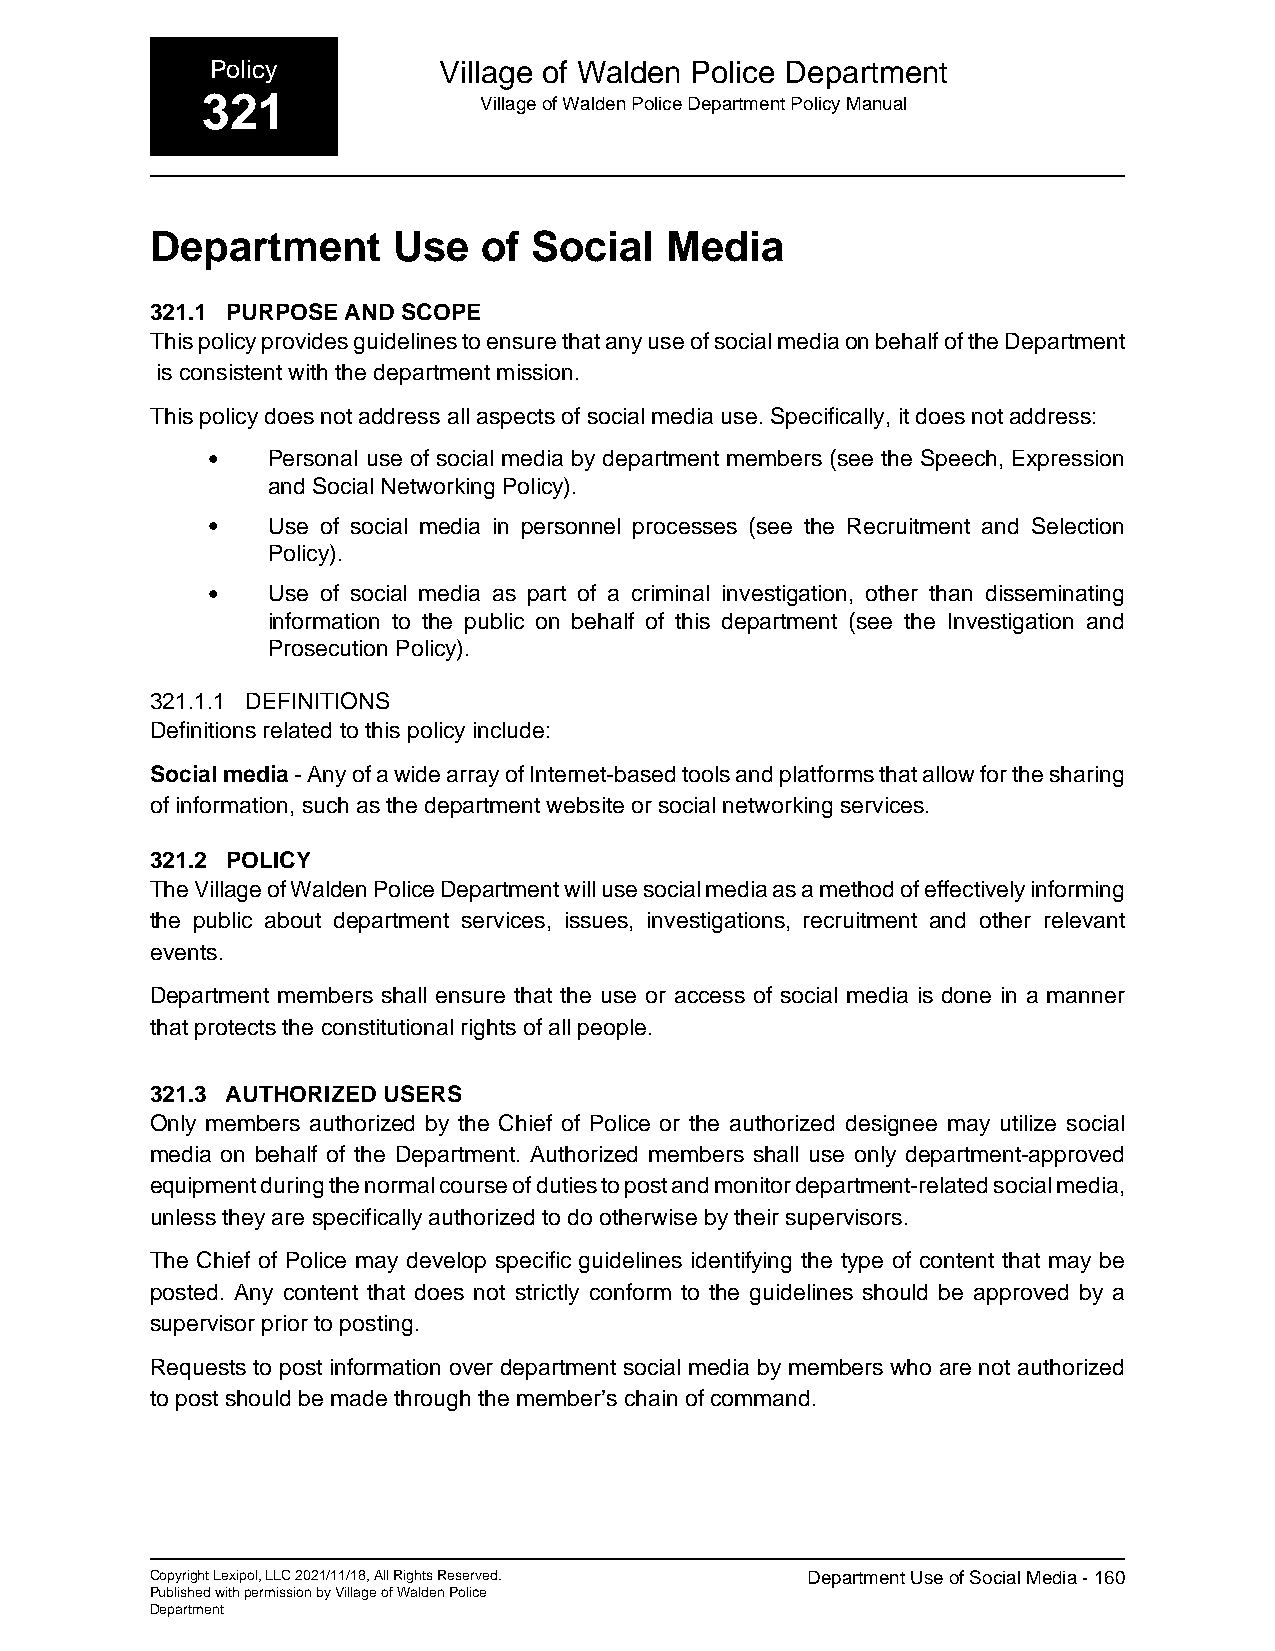
Policy         Village of Walden Police Department
 321                Village of Walden Police Department Policy Manual
 Department      Use   of Social   Media
 321.1 PURPOSE AND SCOPE
 This policy provides guidelines to ensure that any use of social media on behalf of the Department
 is consistent with the department mission.
 This policy does not address all aspects of social media use. Specifically, it does not address:
 •   Personal use of social media by department members (see the Speech, Expression
 and Social Networking Policy).
 •   Use of social media in personnel processes (see the Recruitment and Selection
 Policy).
 •   Use of social media as part of a criminal investigation, other than disseminating
 information to the public on behalf of this department (see the Investigation and
 Prosecution Policy).
 321.1.1 DEFINITIONS
 Definitions related to this policy include:
 Social media - Any of a wide array of Internet-based tools and platforms that allow for the sharing
 of information, such as the department website or social networking services.
 321.2 POLICY
 The Village of Walden Police Department will use social media as a method of effectively informing
 the public about department services, issues, investigations, recruitment and other relevant
 events.
 Department members shall ensure that the use or access of social media is done in a manner
 that protects the constitutional rights of all people.
 321.3 AUTHORIZED USERS
 Only members authorized by the Chief of Police or the authorized designee may utilize social
 media on behalf of the Department. Authorized members shall use only department-approved
 equipment during the normal course of duties to post and monitor department-related social media,
 unless they are specifically authorized to do otherwise by their supervisors.
 The Chief of Police may develop specific guidelines identifying the type of content that may be
 posted. Any content that does not strictly conform to the guidelines should be approved by a
 supervisor prior to posting.
 Requests to post information over department social media by members who are not authorized
 to post should be made through the member’s chain of command.
 Copyright Lexipol, LLC 2021/11/18, All Rights Reserved. Department Use of Social Media - 160
 Published with permission by Village of Walden Police
 Department